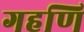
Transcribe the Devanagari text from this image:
गहणि